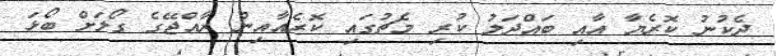
ދެކުނު ކޮރެޔާ އާއި ބައްދަލު ކުރި މެޗުގައި ކޮރެއާއިން ރާއްޖޭގެ ގޯލަށް ބޯޅަ